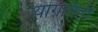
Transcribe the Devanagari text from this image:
योगातही